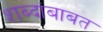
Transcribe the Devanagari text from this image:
शब्दांबाबत